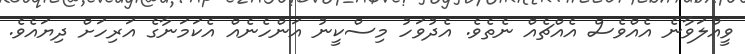
ވީއްލަވާނެ އެއްވެސް އެއްޗެއް ނެތެވެ. އެދުވަހު މިސްކީނު އަންހެނެއް އެކަމަނާގެ އަރިހަށް ދިޔައެވެ.